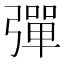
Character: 彈